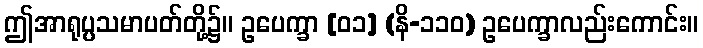
ဤအာရုပ္ပသမာပတ်တို့၌။ ဥပေက္ခာ [၀၁] (နိ-၁၁၀) ဥပေက္ခာလည်းကောင်း။